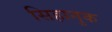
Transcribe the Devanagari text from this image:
सिहानुक